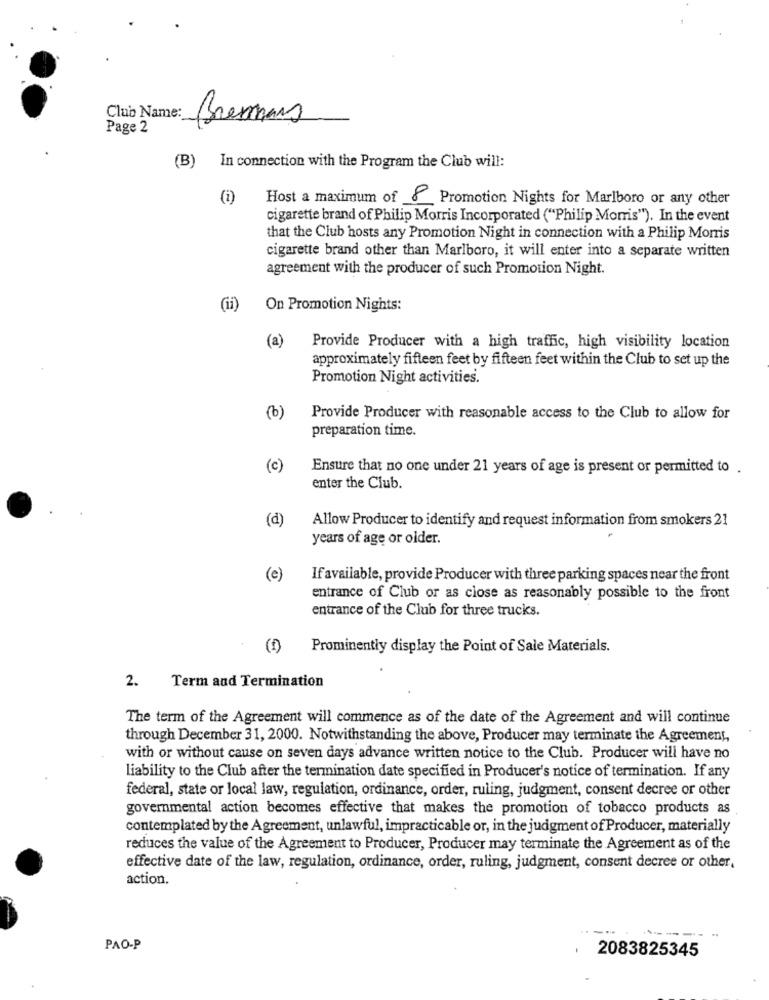
Club Name:
Brennans
Page 2
(B) In connection with the Program the Club will:
(1)
Host a maximum of 8 Promotion Nights for Marlboro or any other
cigarette brand of Philip Morris Incorporated ("Philip Morris"). In the event
that the Club hosts any Promotion Night in connection with a Philip Morris
cigarette brand other than Marlboro, it will enter into a separate written
agreement with the producer of such Promotion Night.
(ii)
On Promotion Nights:
(a)
Provide Producer with a high traffic, high visibility location
approximately fifteen feet by fifteen feet within the Club to set up the
Promotion Night activities.
(b)
Provide Producer with reasonable access to the Club to allow for
preparation time.
(c)
Ensure that no one under 21 years of age is present or permitted to .
enter the Club.
(d)
Allow Producer to identify and request information from smokers 21
years of age or older.
(e)
If available, provide Producer with three parking spaces near the front
entrance of Club or as close as reasonably possible to the front
entrance of the Club for three trucks.
Prominently display the Point of Sale Materials.
2.
Term and Termination
The term of the Agreement will commence as of the date of the Agreement and will continue
through December 31, 2000. Notwithstanding the above, Producer may terminate the Agreement,
with or without cause on seven days advance written notice to the Club. Producer will have no
liability to the Club after the termination date specified in Producer's notice of termination. If any
federal, state or local law, regulation, ordinance, order, ruling, judgment, consent decree or other
governmental action becomes effective that makes the promotion of tobacco products as
contemplated by the Agreement, unlawful, impracticable or, in the judgment of Producer, materially
reduces the value of the Agreement to Producer, Producer may terminate the Agreement as of the
effective date of the law, regulation, ordinance, order, ruling, judgment, consent decree or other,
action.
-----
PAO-P
2083825345